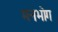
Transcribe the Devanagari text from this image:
मनभोग